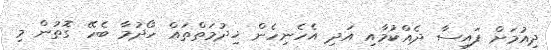
ދިއުމަށް ފައިސާ ދެއްކުމާއި އަދި އެހެނިހެން ޚިދުމަތްތައް ހޯދުމާ ބެހޭ ގޮތުން މި